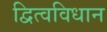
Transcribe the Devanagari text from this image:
द्वित्वविधान